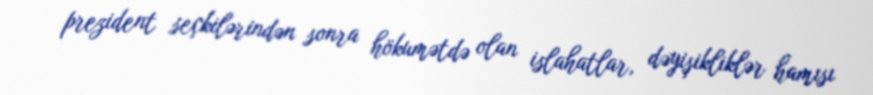
prezident seçkilərindən sonra hökumətdə olan islahatlar, dəyişikliklər hamısı